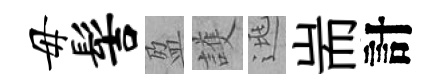
毋髻盈護逃耑計